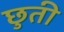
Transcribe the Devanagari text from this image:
छुती